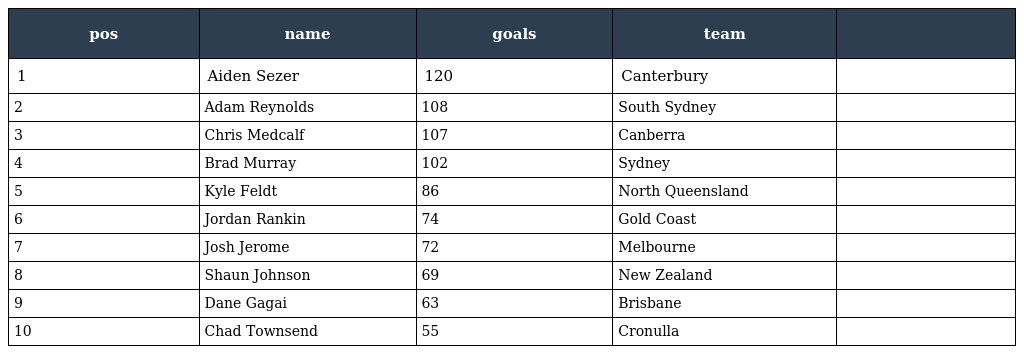
| pos | name | goals | team |  |
 | --- | --- | --- | --- | --- |
 | 1 | Aiden Sezer | 120 | Canterbury |  |
 | 2 | Adam Reynolds | 108 | South Sydney |  |
 | 3 | Chris Medcalf | 107 | Canberra |  |
 | 4 | Brad Murray | 102 | Sydney |  |
 | 5 | Kyle Feldt | 86 | North Queensland |  |
 | 6 | Jordan Rankin | 74 | Gold Coast |  |
 | 7 | Josh Jerome | 72 | Melbourne |  |
 | 8 | Shaun Johnson | 69 | New Zealand |  |
 | 9 | Dane Gagai | 63 | Brisbane |  |
 | 10 | Chad Townsend | 55 | Cronulla |  |